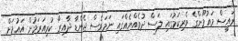
ރައީސް މައުމޫންގެ ވެރިކަމުގައި ލަސް ދުވެއްޔެއްގައި ނަމަވެސް ޖެންޑާ ދާއިރާ ކުރިއަރަމުން އައުމަށް